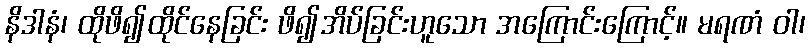
နိဒါနံ၊ ထိုဖိ၍ထိုင်နေခြင်း ဖိ၍အိပ်ခြင်းဟူသော အကြောင်းကြောင့်။ မရဏံ ဝါ၊